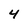
Character: 4